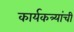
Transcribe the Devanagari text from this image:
कार्यकत्र्यांची